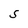
Character: s